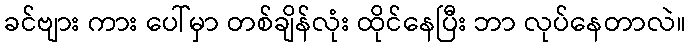
ခင်ဗျား ကား ပေါ်မှာ တစ်ချိန်လုံး ထိုင်နေပြီး ဘာ လုပ်နေတာလဲ။